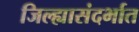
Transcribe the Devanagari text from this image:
जिल्ह्यासंदर्भात